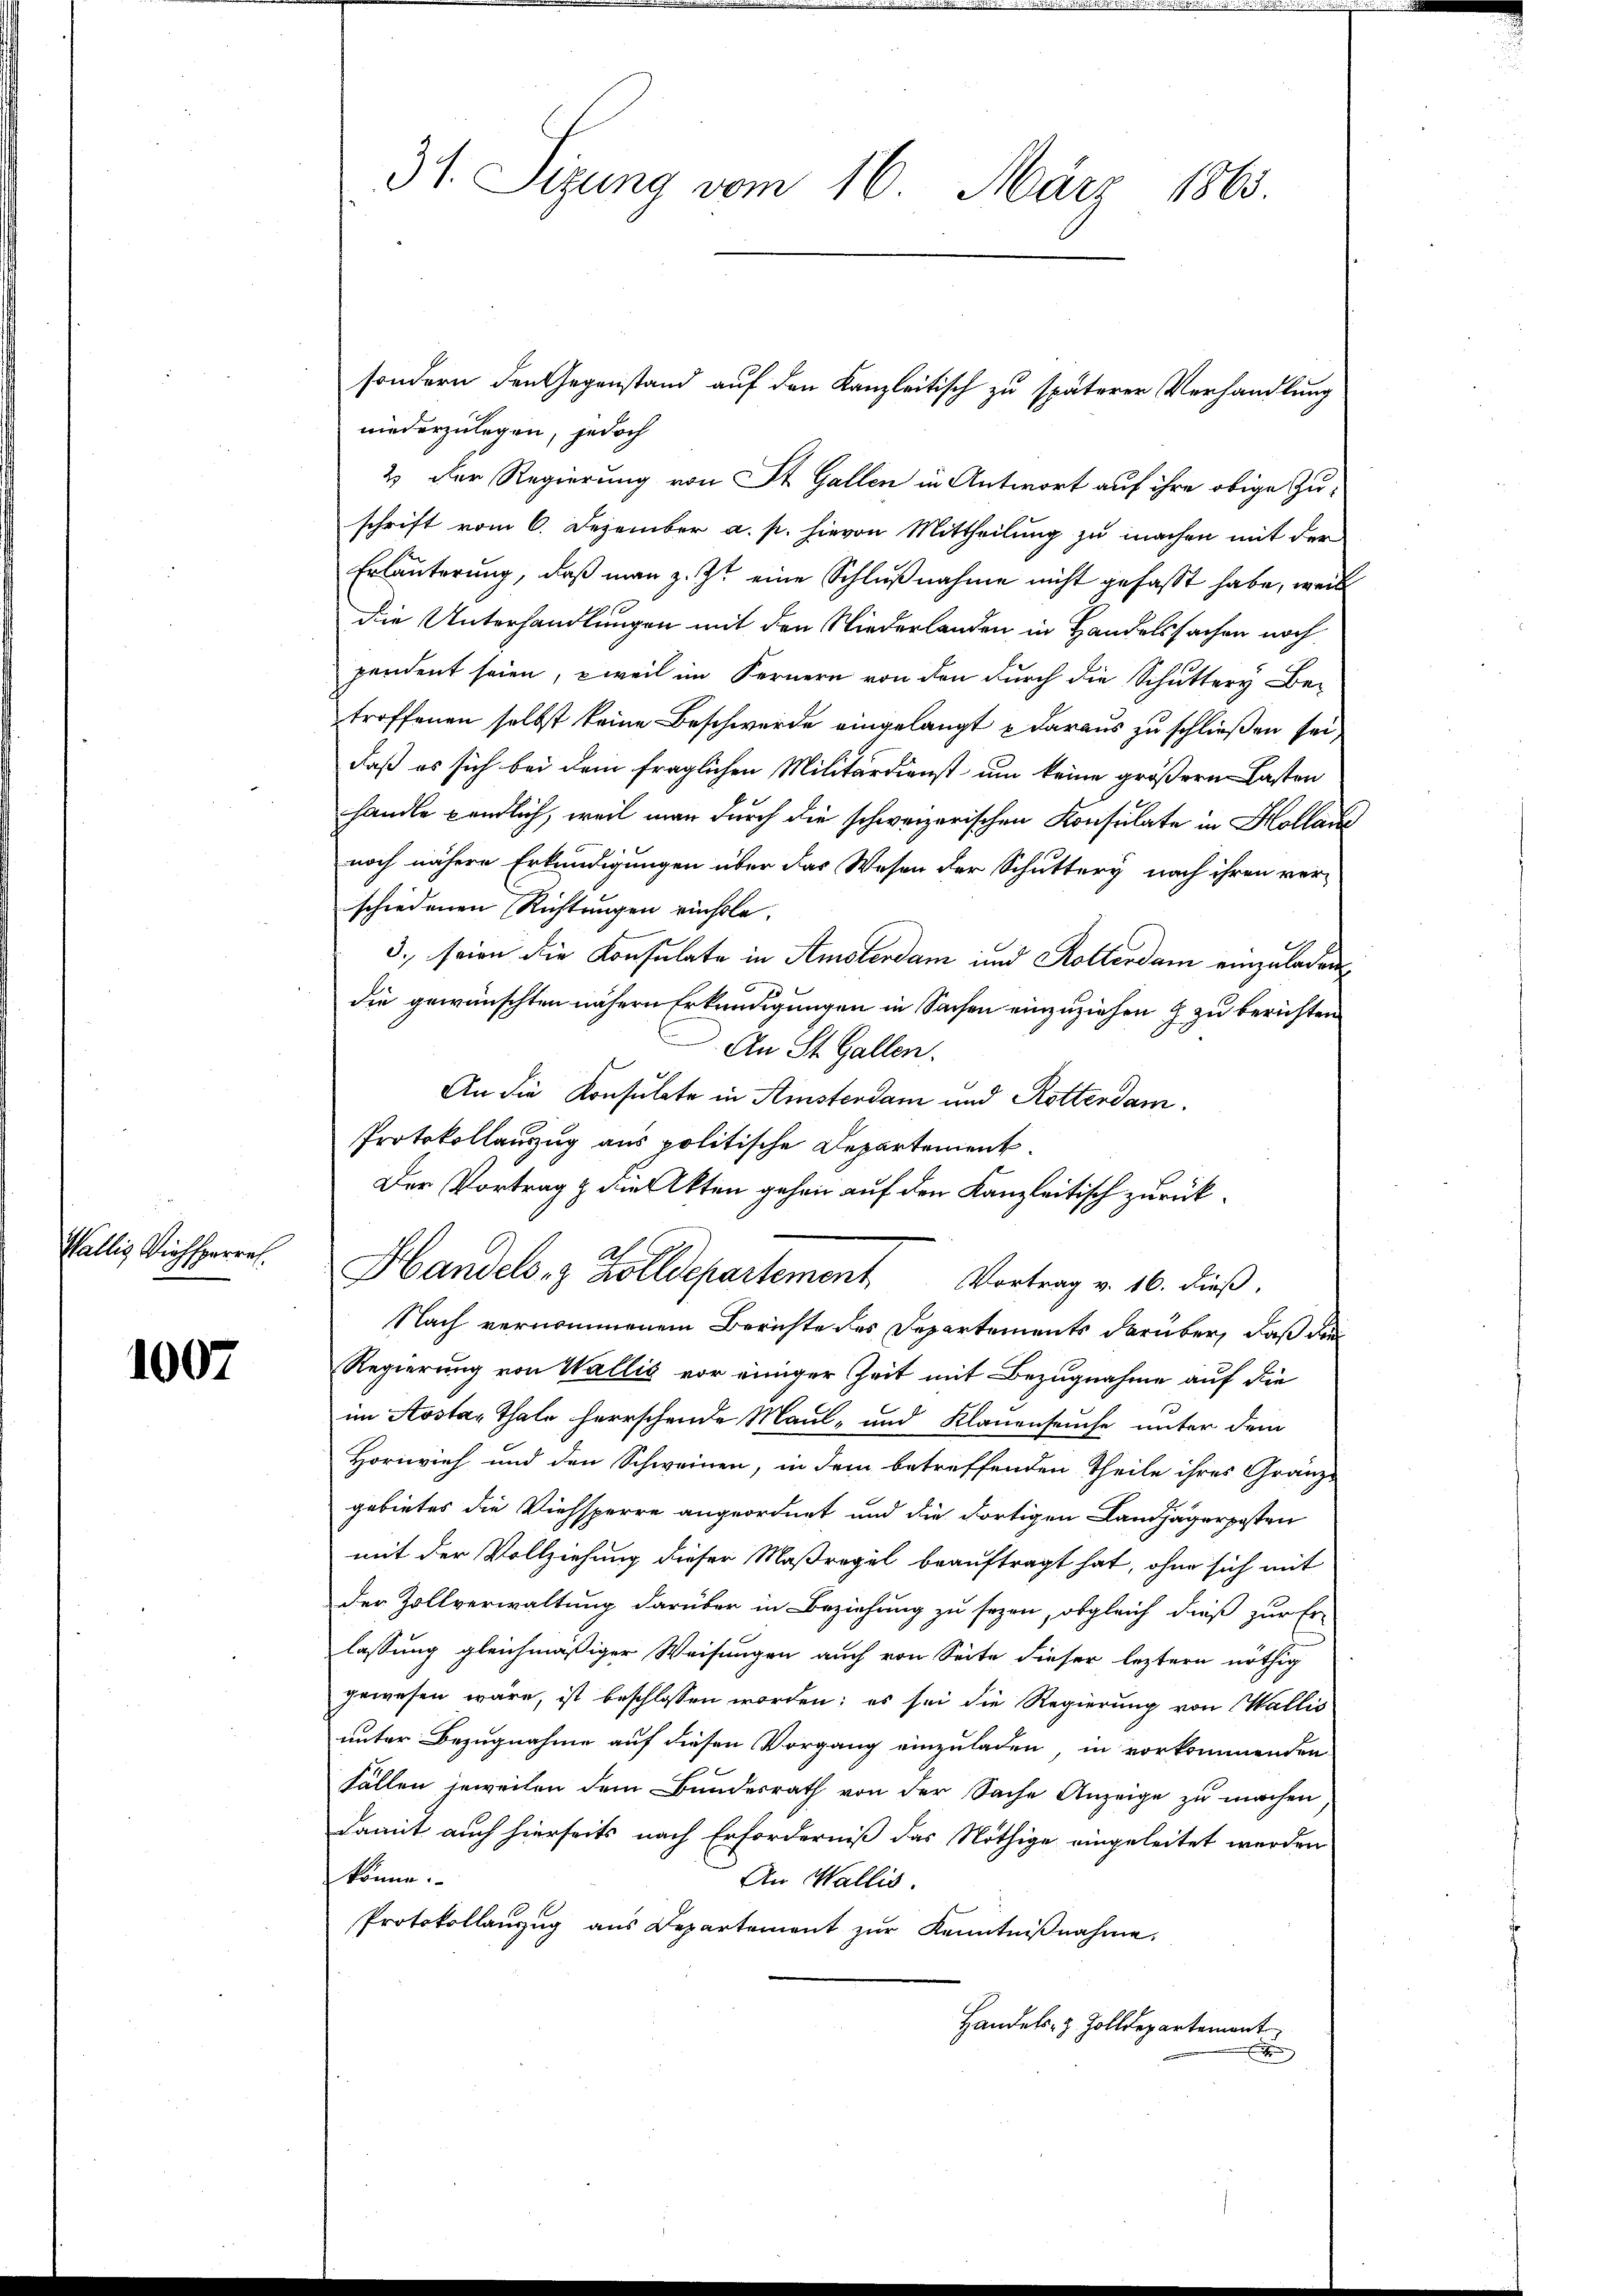
Wallis Viehsperre.

1007

31. Sizung vom 16. März 1863.

niederzulegen, jedoch
2) Der Regierung von St. Gallen in Antwort auf ihre obige Zuschrift vom 6. Dezember a. p. hievon Mittheilung zu machen mit der
Erläuterung, daß man z. Zt. eine Schlußnahme nicht gefaßt habe, weil
Die Unterhandlungen mit den Niederlanden in Handelssachen noch
pendent seien, weil im Fernern von den durch die Schutter Be-
troffenen selbst keine Beschwerde eingelangt & daraus zu schließen sei,
daß es sich bei dem fraglichen Militärdienst um keine größern Lasten
handle pendlich, weil man durch die schweizerischen Konsulate in Hollaue
noch nähere Erkundigungen über das Wesen der Schuttery nach ihren ver-
schiedenen Richtungen richtle.
3., seien die Konsulate in Amsterdam und Rotterdam einzuladen
die gewünschten nähern Erkundigungen in Sachen einzuziehen & zu berichten
An St. Gallen.
An die Konsulate in Kistendam und Rotterdam.
Protokollauszug aus politische Departement.
Der Vortrag & die Akten gehen auf den Kanzleitisch zurück¬
.
Handels- & Zolldepartement. Vortrag v. 16. dieß.
Nach vernommenem Berichte des Departements darüber, daß der
Regierung von Wallis vor einiger Zeit mit Bezugnahme auf die
im Aosta, Thale herrschende Maul- und Klauenseuche unter dem
Hornvieh und den Schweinen, in dem betreffenden Theile ihres Gränz-
gebietes die Viehsperre angeordnet und die dortigen Landjägerposten
mit der Vollziehung dieser Maßregel beauftragt hat, ohne sich mit
der Zollverwaltung darüber in Beziehung zu sezen, obgleich dieß zur Er-
lassung gleichmäßiger Weisungen auch von Seite dieser leztern nöthig
gewesen wäre, ist beschlossen worden; es sei die Regierung von Wallis
unter Bezugnahme auf diesen Vorgang einzuladen, in vorkommenden
Fällen jeweilen dem Bundesrath von der Sache Anzeige zu machen
damit auch hierseits nach Erforderniß das Nöthige eingeleitet werden
könne.
An Wallis.
Protokollanzug aus Departement zur Kenntnißnahme,
Handels- & Zolldepartement
x

sondern den Gegenstand auf den Kanzleitisch zu späterer Verhandlung